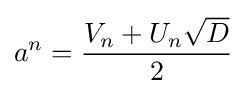
a^{n}={\frac {V_{n}+U_{n}{\sqrt {D}}}{2}}